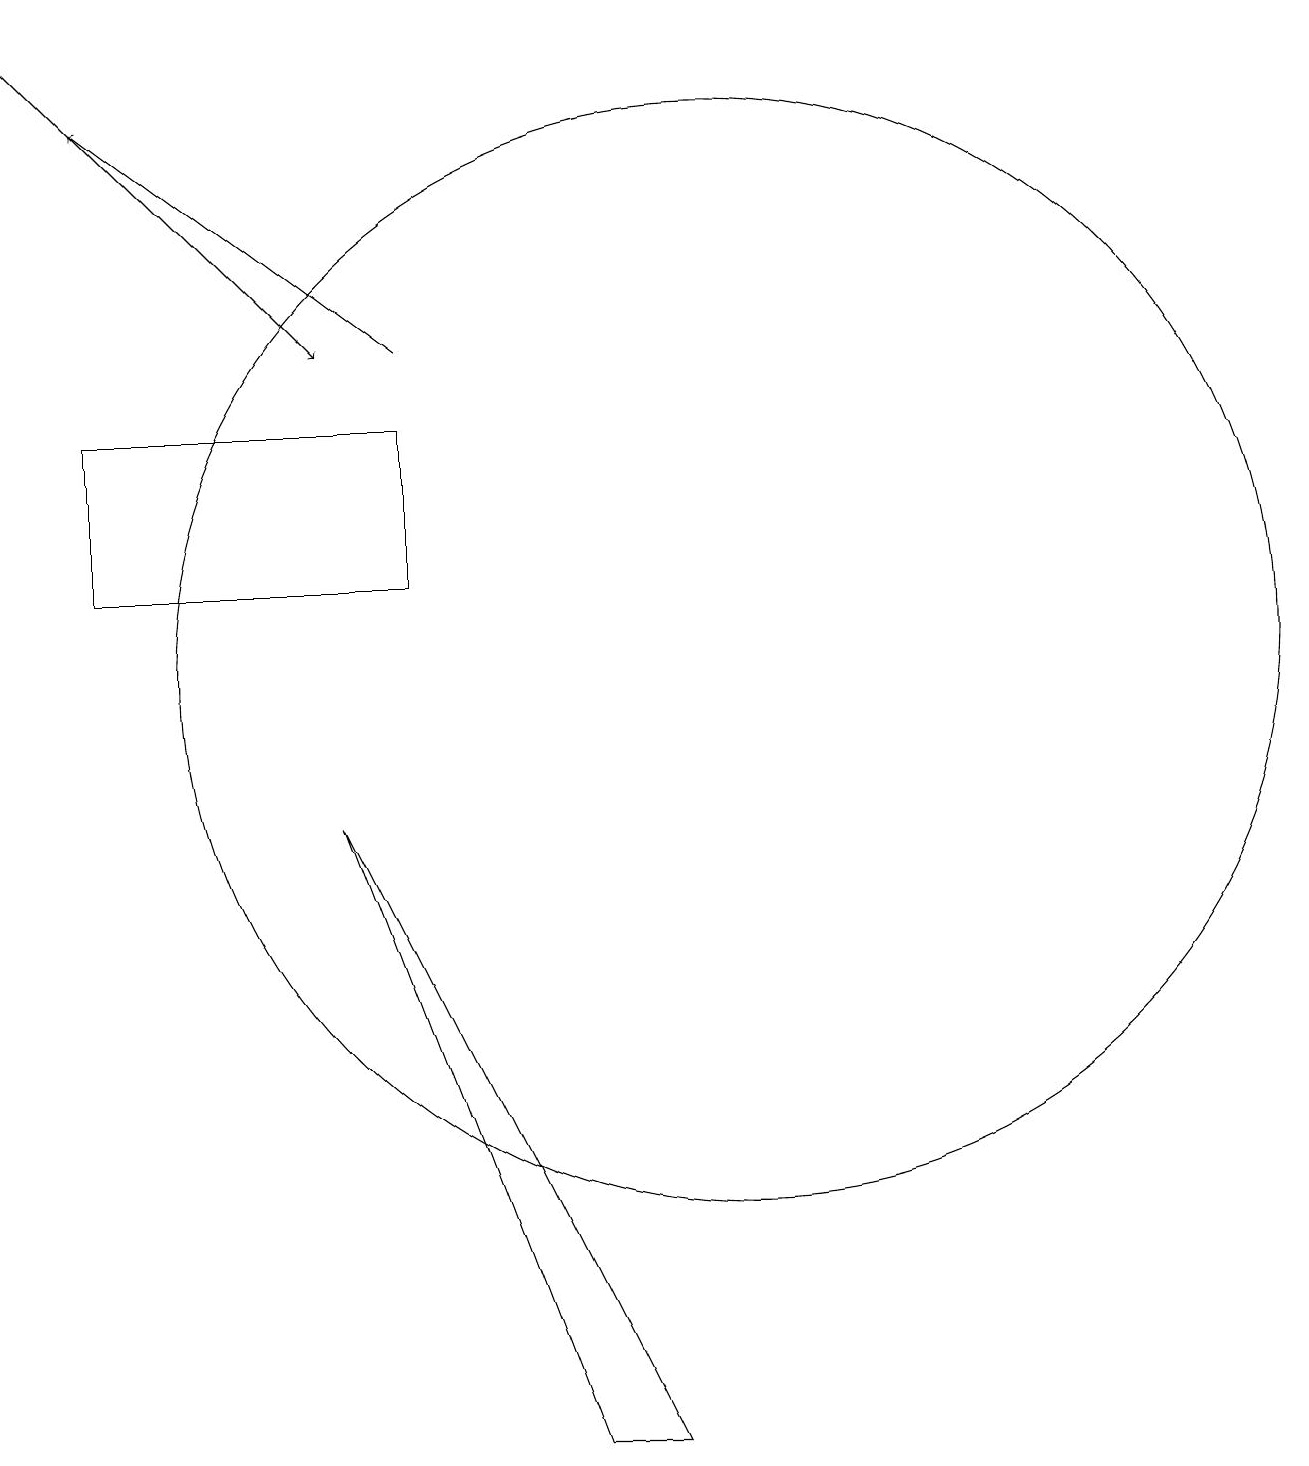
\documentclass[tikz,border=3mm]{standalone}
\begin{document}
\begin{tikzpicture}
\draw (2,14) rectangle (6,12);
\draw (10,11) circle (7);
\draw[->] (1,19) -- (5,15);
\draw[->] (6,15) -- (2,18);
\draw (8,1) -- (5,9) -- (9,1) -- cycle;
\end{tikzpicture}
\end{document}